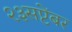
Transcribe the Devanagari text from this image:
२३सप्टेंबर